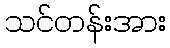
သင်တန်းအား